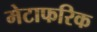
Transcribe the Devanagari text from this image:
मेटाफरिक